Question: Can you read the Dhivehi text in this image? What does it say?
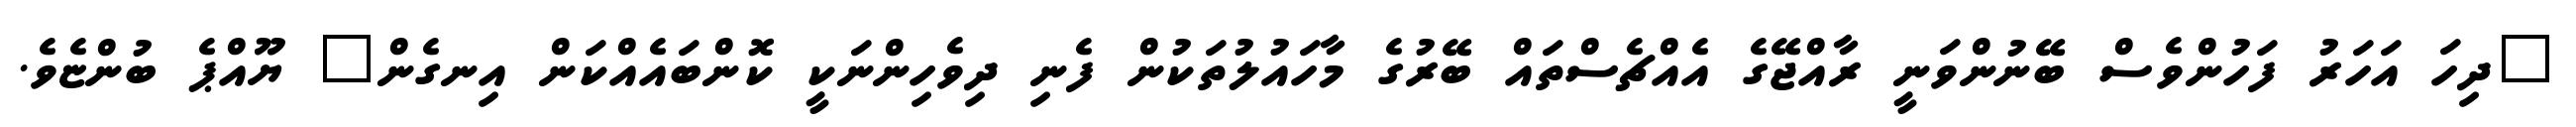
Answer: "ދިހަ އަހަރު ފަހުންވެސް ބޭނުންވަނީ ރާއްޖޭގެ އެއްޗެސްތައް ބޭރުގެ މާހައުލުތަކުން ފެނި ދިވެހިންނަކީ ކޮންބައެއްކަން އިނގެން" ޔޫއްޕެ ބުންޏެވެ.